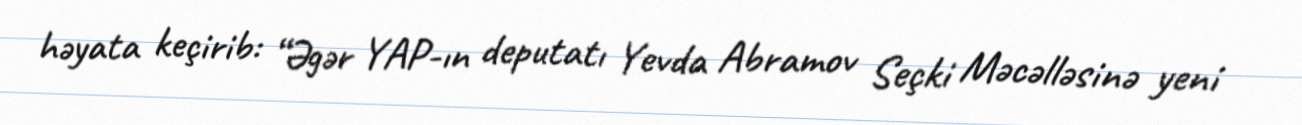
həyata keçirib: “Əgər YAP-ın deputatı Yevda Abramov Seçki Məcəlləsinə yeni